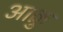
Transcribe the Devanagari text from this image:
आक्रु